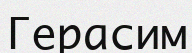
Герасим